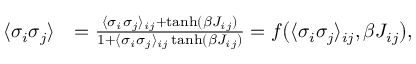
\begin{array} { r l } { \langle \sigma _ { i } \sigma _ { j } \rangle } & { = \frac { \langle \sigma _ { i } \sigma _ { j } \rangle _ { i j } + \operatorname { t a n h } ( \beta J _ { i j } ) } { 1 + \langle \sigma _ { i } \sigma _ { j } \rangle _ { i j } \operatorname { t a n h } ( \beta J _ { i j } ) } = f \bigl ( \langle \sigma _ { i } \sigma _ { j } \rangle _ { i j } , \beta J _ { i j } \bigr ) , } \end{array}